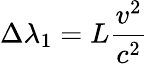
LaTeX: \Delta{\lambda}_{1}={L}{\frac{v^{2}}{c^{2}}}